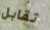
تقابل